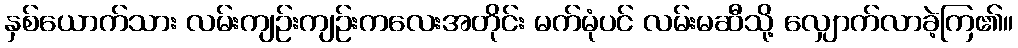
နှစ်ယောက်သား လမ်းကျဉ်းကျဉ်းကလေးအတိုင်း မက်မုံပင် လမ်းမဆီသို့ လျှောက်လာခဲ့ကြ၏။